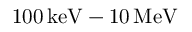
1 0 0 \, \mathrm { k e V - 1 0 \, \mathrm { M e V } }